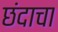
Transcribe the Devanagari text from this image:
छंदाचा